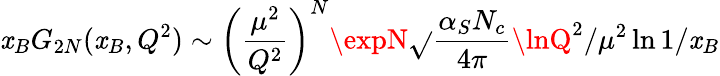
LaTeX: \mathit{x}_{B}G_{2N}(\mathit{x}_{B},Q^{2})\sim\left(\frac{{\mu^{2}}}{{Q^{2}}}\right)^{N}\expN\sqrt{}{{\frac{{\alpha_{S}N_{c}}}{{4\pi}}\lnQ^{2}/\mu^{2}\ln1/\mathit{x}_{B}}}